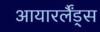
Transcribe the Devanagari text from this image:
आयारर्लैंड्स